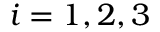
i = { 1 , 2 , 3 }